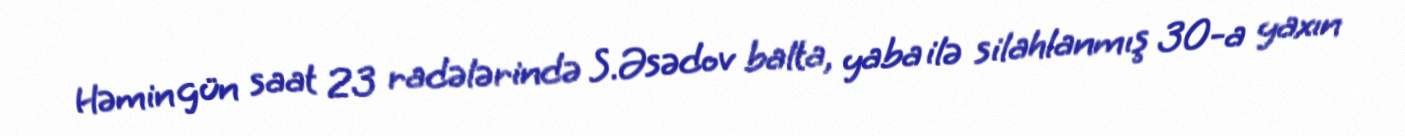
Həmin gün saat 23 radələrində S.Əsədov balta, yaba ilə silahlanmış 30-a yaxın